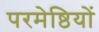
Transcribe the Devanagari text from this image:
परमेष्ठियों